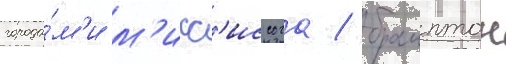
города́м'и м'исс'иссога / брамптон